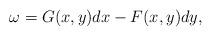
LaTeX: \begin{align*}\omega = G(x,y) d x - F(x,y) d y,\end{align*}